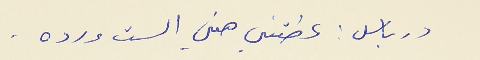
درباس : عطتني هني الست ورده .